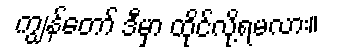
ကျွန်တော် ဒီမှာ ထိုင်လို့ရမလား။